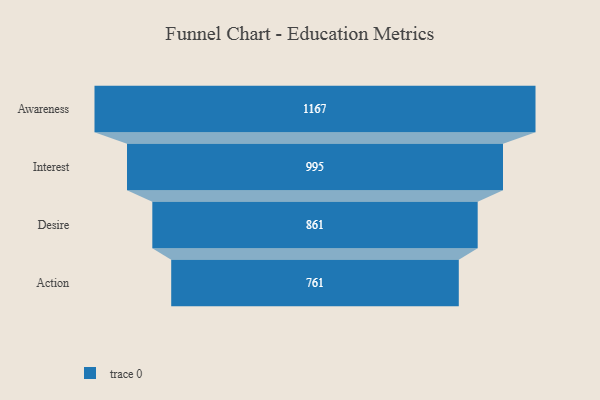
{"axis": {"x": "Stage", "y": "Value"}, "legend": [""], "data": [{"x": "Awareness", "y": 1167.0, "type": ""}, {"x": "Interest", "y": 995.0, "type": ""}, {"x": "Desire", "y": 861.0, "type": ""}, {"x": "Action", "y": 761.0, "type": ""}]}